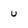
Character: u